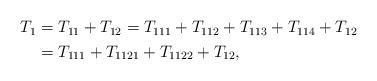
LaTeX: \begin{align*}\begin{aligned}T_1& = T_{11} + T_{12} = T_{111}+ T_{112} + T_{113} + T_{114} + T_{12}\\& = T_{111}+ T_{1121}+ T_{1122} +T_{12},\end{aligned}\end{align*}